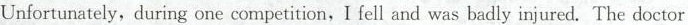
Unfortunately, during one competition,I fell and was badly injured. The doctor